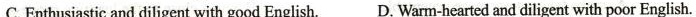
C. Enthusiastic and diligent with good English. D.Warm-hearted and diligent with poor English